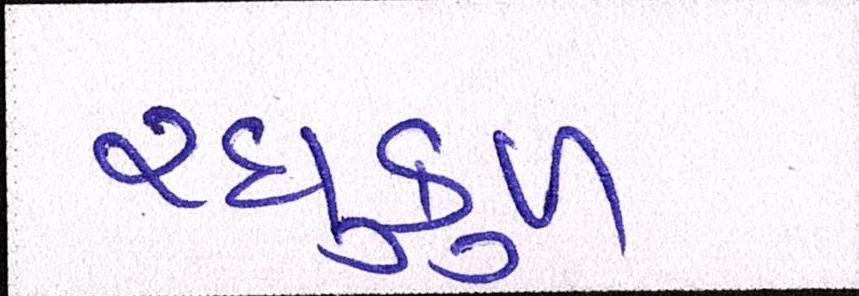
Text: રઘુકુળ